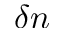
\delta n